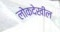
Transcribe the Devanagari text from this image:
लोकदेखील